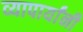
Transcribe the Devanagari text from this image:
व्यापार्यांनी